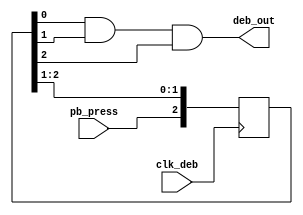
`timescale 1ns / 1ps
//////////////////////////////////////////////////////////////////////////////////
// Company: 
// Engineer: 
// 
// Design Name: 
// Module Name: debounce
// Project Name: 
// Target Devices: 
// Tool Versions: 
// Description: 
// 
// Dependencies: 
// 
// Revision:
// Revision 0.01 - File Created
// Additional Comments:
// 
//////////////////////////////////////////////////////////////////////////////////

// Debounce 

module debounce(
    input clk_deb,
    output deb_out,
    input pb_press
    );
    
    reg [2:0] ff;
    
    always @ (posedge clk_deb)
    begin
        ff[2]<=pb_press;
        ff[1]<=ff[2];
        ff[0]<=ff[1];
    end
    
    assign deb_out=ff[0]&ff[1]&ff[2];
    
endmodule